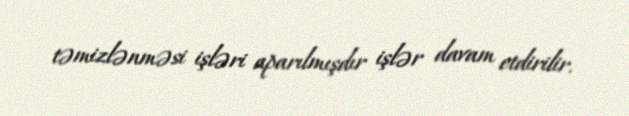
təmizlənməsi işləri aparılmışdır işlər davam etdirilir.